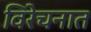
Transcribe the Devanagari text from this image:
विरेचनात